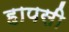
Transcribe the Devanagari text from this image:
हापसी